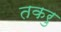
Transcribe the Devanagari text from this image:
तकरु